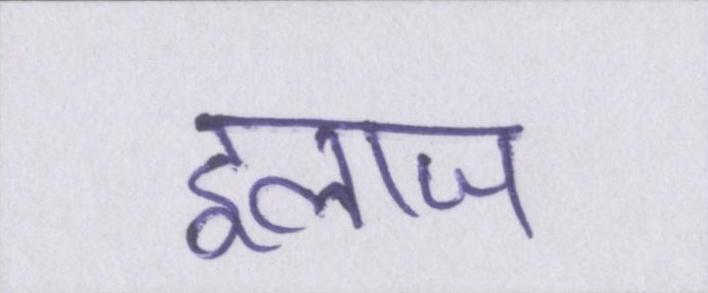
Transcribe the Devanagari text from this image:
इलाज